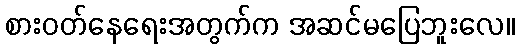
စားဝတ်နေရေးအတွက်က အဆင်မပြေဘူးလေ။